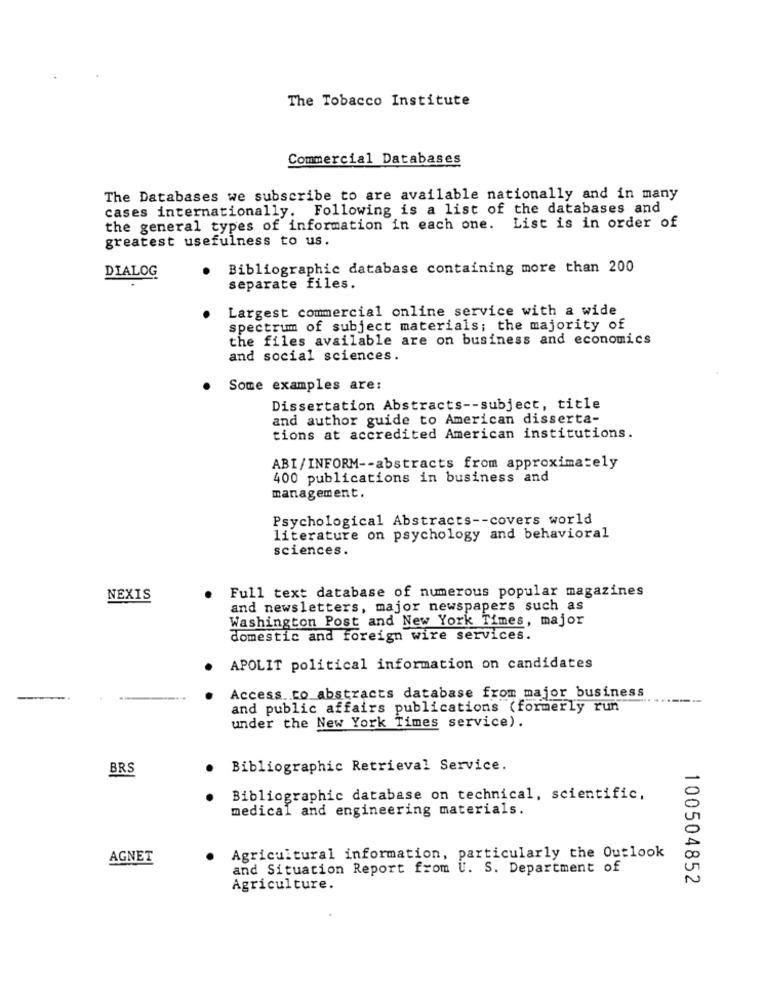
The Tobacco Institute
Commercial Databases
The Databases we subscribe to are available nationally and in many
cases internationally. Following is a list of the databases and
the general types of information in each one. List is in order of
greatest usefulness to us.
Bibliographic database containing more than 200
DIALOG
separate files.
Largest commercial online service with a wide
spectrum of subject materials; the majority of
the files available are on business and economics
and social sciences.
Some examples are:
Dissertation Abstracts -- subject, title
and author guide to American disserta-
tions at accredited American institutions.
ABI/INFORM -- abstracts from approximately
400 publications in business and
management.
Psychological Abstracts -- covers world
literature on psychology and behavioral
sciences.
Full text database of numerous popular magazines
NEXIS
and newsletters, major newspapers such as
Washington Post and New York Times, major
domestic and foreign wire services.
APOLIT political information on candidates
Access to abstracts database from major business
and public affairs publications (formerly run
under the New York Times service).
BRS
Bibliographic Retrieval Service.
Bibliographic database on technical, scientific,
medical and engineering materials.
AGNET
Agricultural information, particularly the Outlook
and Situation Report from U. S. Department of
100504852
Agriculture.